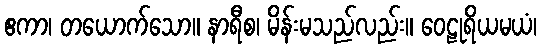
ဧကာ၊ တယောက်သော။ နာရီစ၊ မိန်းမသည်လည်း။ ဝေဠုရိယမယံ၊